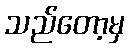
သည်တော့မှ